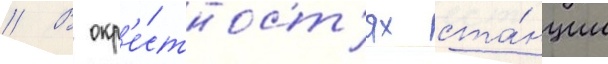
// В окр'е́стност'ях ста́нции